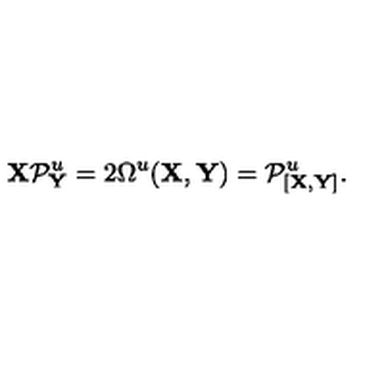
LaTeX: { \bf X } { \cal P } _ { \bf Y } ^ { u } = 2 \Omega ^ { u } ( { \bf X } , { \bf Y } ) = { \cal P } _ { [ { \bf X } , { \bf Y } ] } ^ { u } .